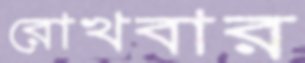
রোখবার